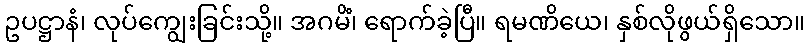
ဥပဋ္ဌာနံ၊ လုပ်ကျွေးခြင်းသို့။ အဂမိံ၊ ရောက်ခဲ့ပြီ။ ရမဏိယေ၊ နှစ်လိုဖွယ်ရှိသော။